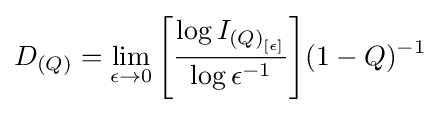
D_{(Q)}={\lim _{\epsilon \to 0}{\left[{\frac {\log {I_{{(Q)}_{[\epsilon ]}}}}{\log {\epsilon ^{-1}}}}\right]}}{(1-Q)^{-1}}